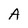
Character: A